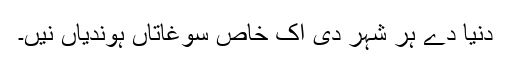
دنیا دے ہر شہر دی اک خاص سوغاتاں ہوندیاں نیں۔